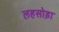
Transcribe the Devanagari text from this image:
लहसोड़ा